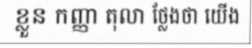
ខ្លួន កញ្ញា តុលា ថ្លែងថា យើង